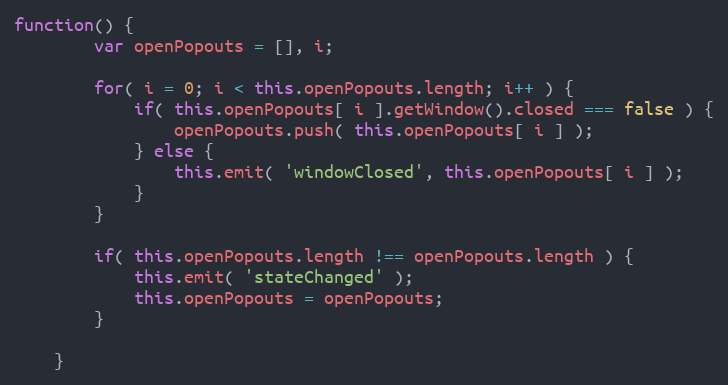
Language: JavaScript
function() {
		var openPopouts = [], i;

		for( i = 0; i < this.openPopouts.length; i++ ) {
			if( this.openPopouts[ i ].getWindow().closed === false ) {
				openPopouts.push( this.openPopouts[ i ] );
			} else {
				this.emit( 'windowClosed', this.openPopouts[ i ] );
			}
		}

		if( this.openPopouts.length !== openPopouts.length ) {
			this.emit( 'stateChanged' );
			this.openPopouts = openPopouts;
		}

	}